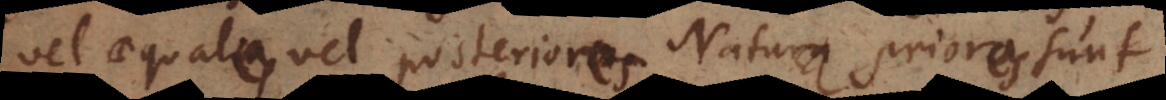
vel aequales vel posteriores. Natura priores sunt